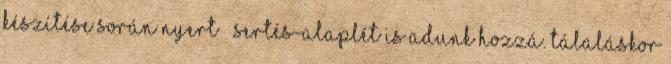
készítése során nyert – sertés-alaplét is adunk hozzá. Tálaláskor